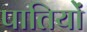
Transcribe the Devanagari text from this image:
पातियों